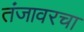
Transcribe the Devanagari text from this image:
तंजावरचा